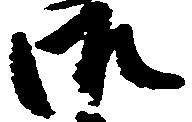
御